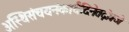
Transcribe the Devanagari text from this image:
अस्थिसंचयनंकार्यंदिनेतद्गोत्रजैः